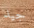
جيد